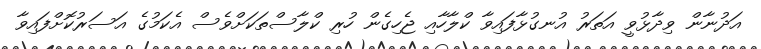
އަދުނާން ވިދާޅުވީ އަތަރު އުނގުޅާފައިވާ ކްލާހާއި ޖެހިގެން ހުރި ކްލާސްތަކަށްވެސް އެކަމުގެ އަސަރުކޮށްފައިވާ